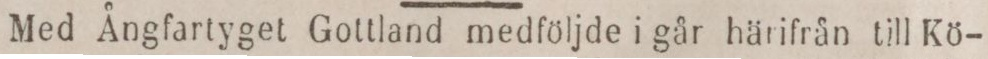
Med Ångfartyget Gottland medföljde i går härifrån till Kö-